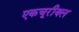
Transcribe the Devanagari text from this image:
एकचूरीयल